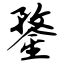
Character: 鍪